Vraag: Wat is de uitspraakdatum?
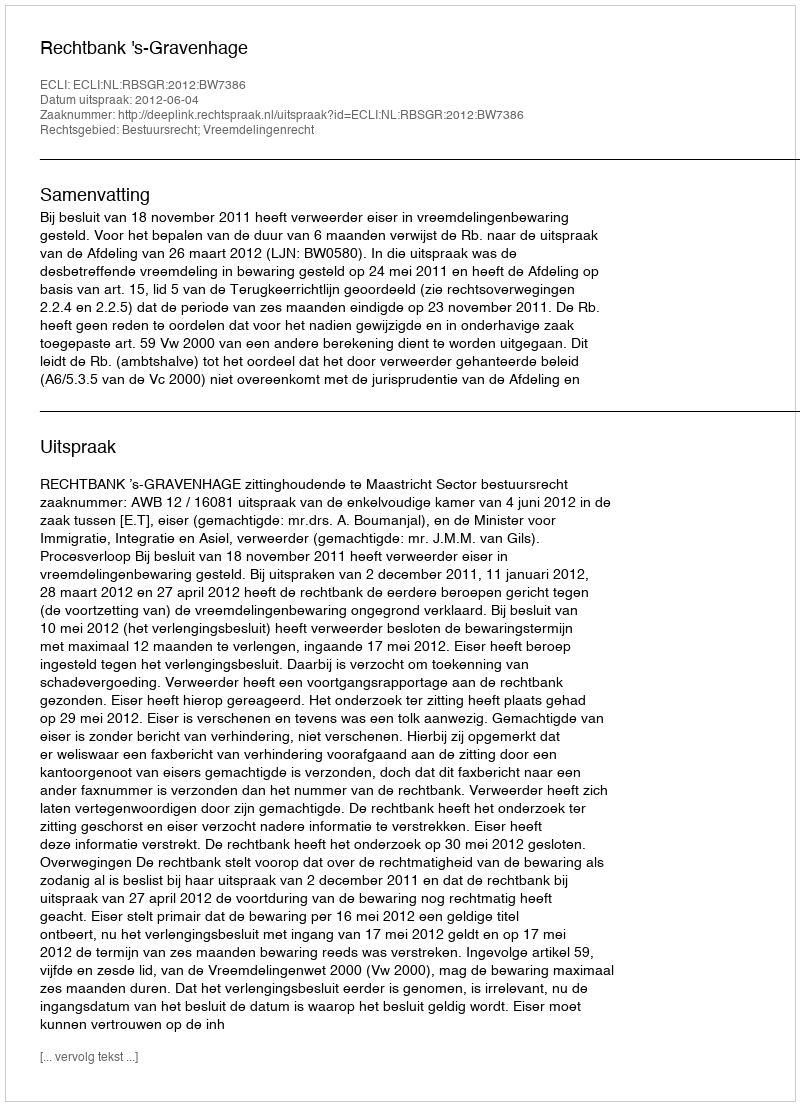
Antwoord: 2012-06-04